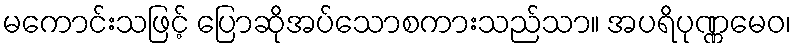
မကောင်းသဖြင့် ပြောဆိုအပ်သောစကားသည်သာ။ အပရိပုဏ္ဏမေဝ၊